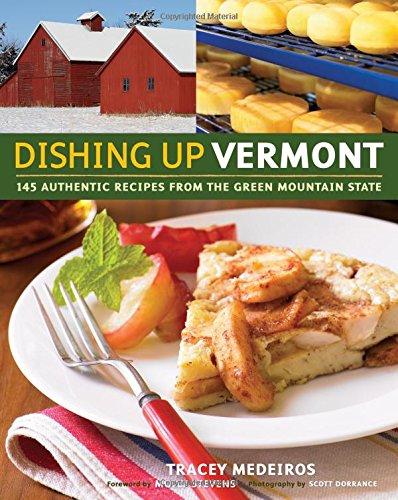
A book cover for Dishing UpÂ® Vermont: 145 Authentic Recipes from the Green Mountain State; Tracey Medeiros; Cookbooks, Food & Wine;